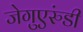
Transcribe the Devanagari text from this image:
जेगुएरुंडी